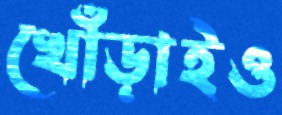
খোঁড়াইও